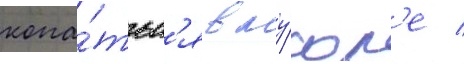
копа́тьс'я в му́сор'е /